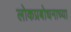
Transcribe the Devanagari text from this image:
लोकप्रबोधनाच्या